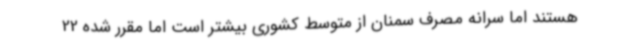
هستند اما سرانه مصرف سمنان از متوسط کشوری بیشتر است اما مقرر شده 22